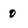
Character: O